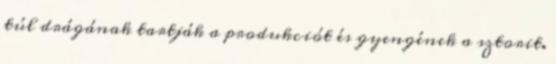
túl drágának tartják a produkciót és gyengének a sztorit.